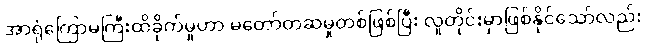
အာရုံကြောမကြီးထိခိုက်မှုဟာ မတော်တဆမှုတစ်ဖြစ်ပြီး လူတိုင်းမှာဖြစ်နိုင်သော်လည်း